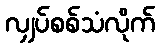
လျှပ်စစ်သံလိုက်